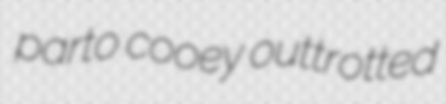
parto cooey outtrotted